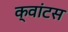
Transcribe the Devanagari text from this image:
क्‍वांटस